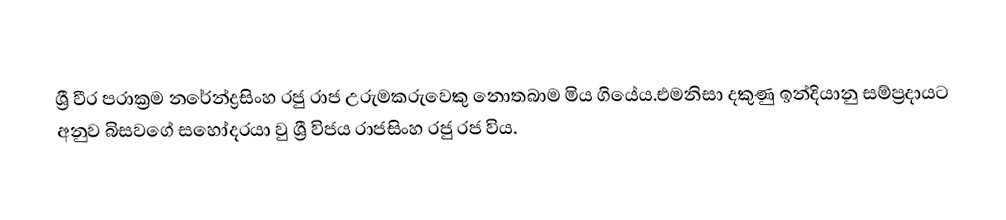
ශ්‍රී වීර පරාක්‍රම නරේන්ද්‍රසිංහ රජු රාජ උරුමකරුවෙකු නොතබාම මිය ගියේය.එමනිසා දකුණු ඉන්දියානු සම්ප්‍රදායට අනුව බිසවගේ සහෝදරයා වු ශ්‍රී විජය රාජසිංහ රජු රජ විය.